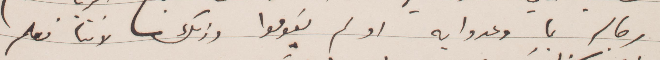
رجاله بما وعدوا به او لم يقوموا وذلك لأننا نعلم